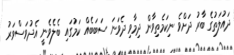
ދައުލަތުގެ ބާރު ދަށްވެ ނިކަމެތިވާން ދިމާވި ދެވަނަ ސަބަބެއް ކަމުގައި ބެލެވެނީ އެދުވަސްވަރު